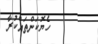
ހެޔޮކަންތައްކުރާ